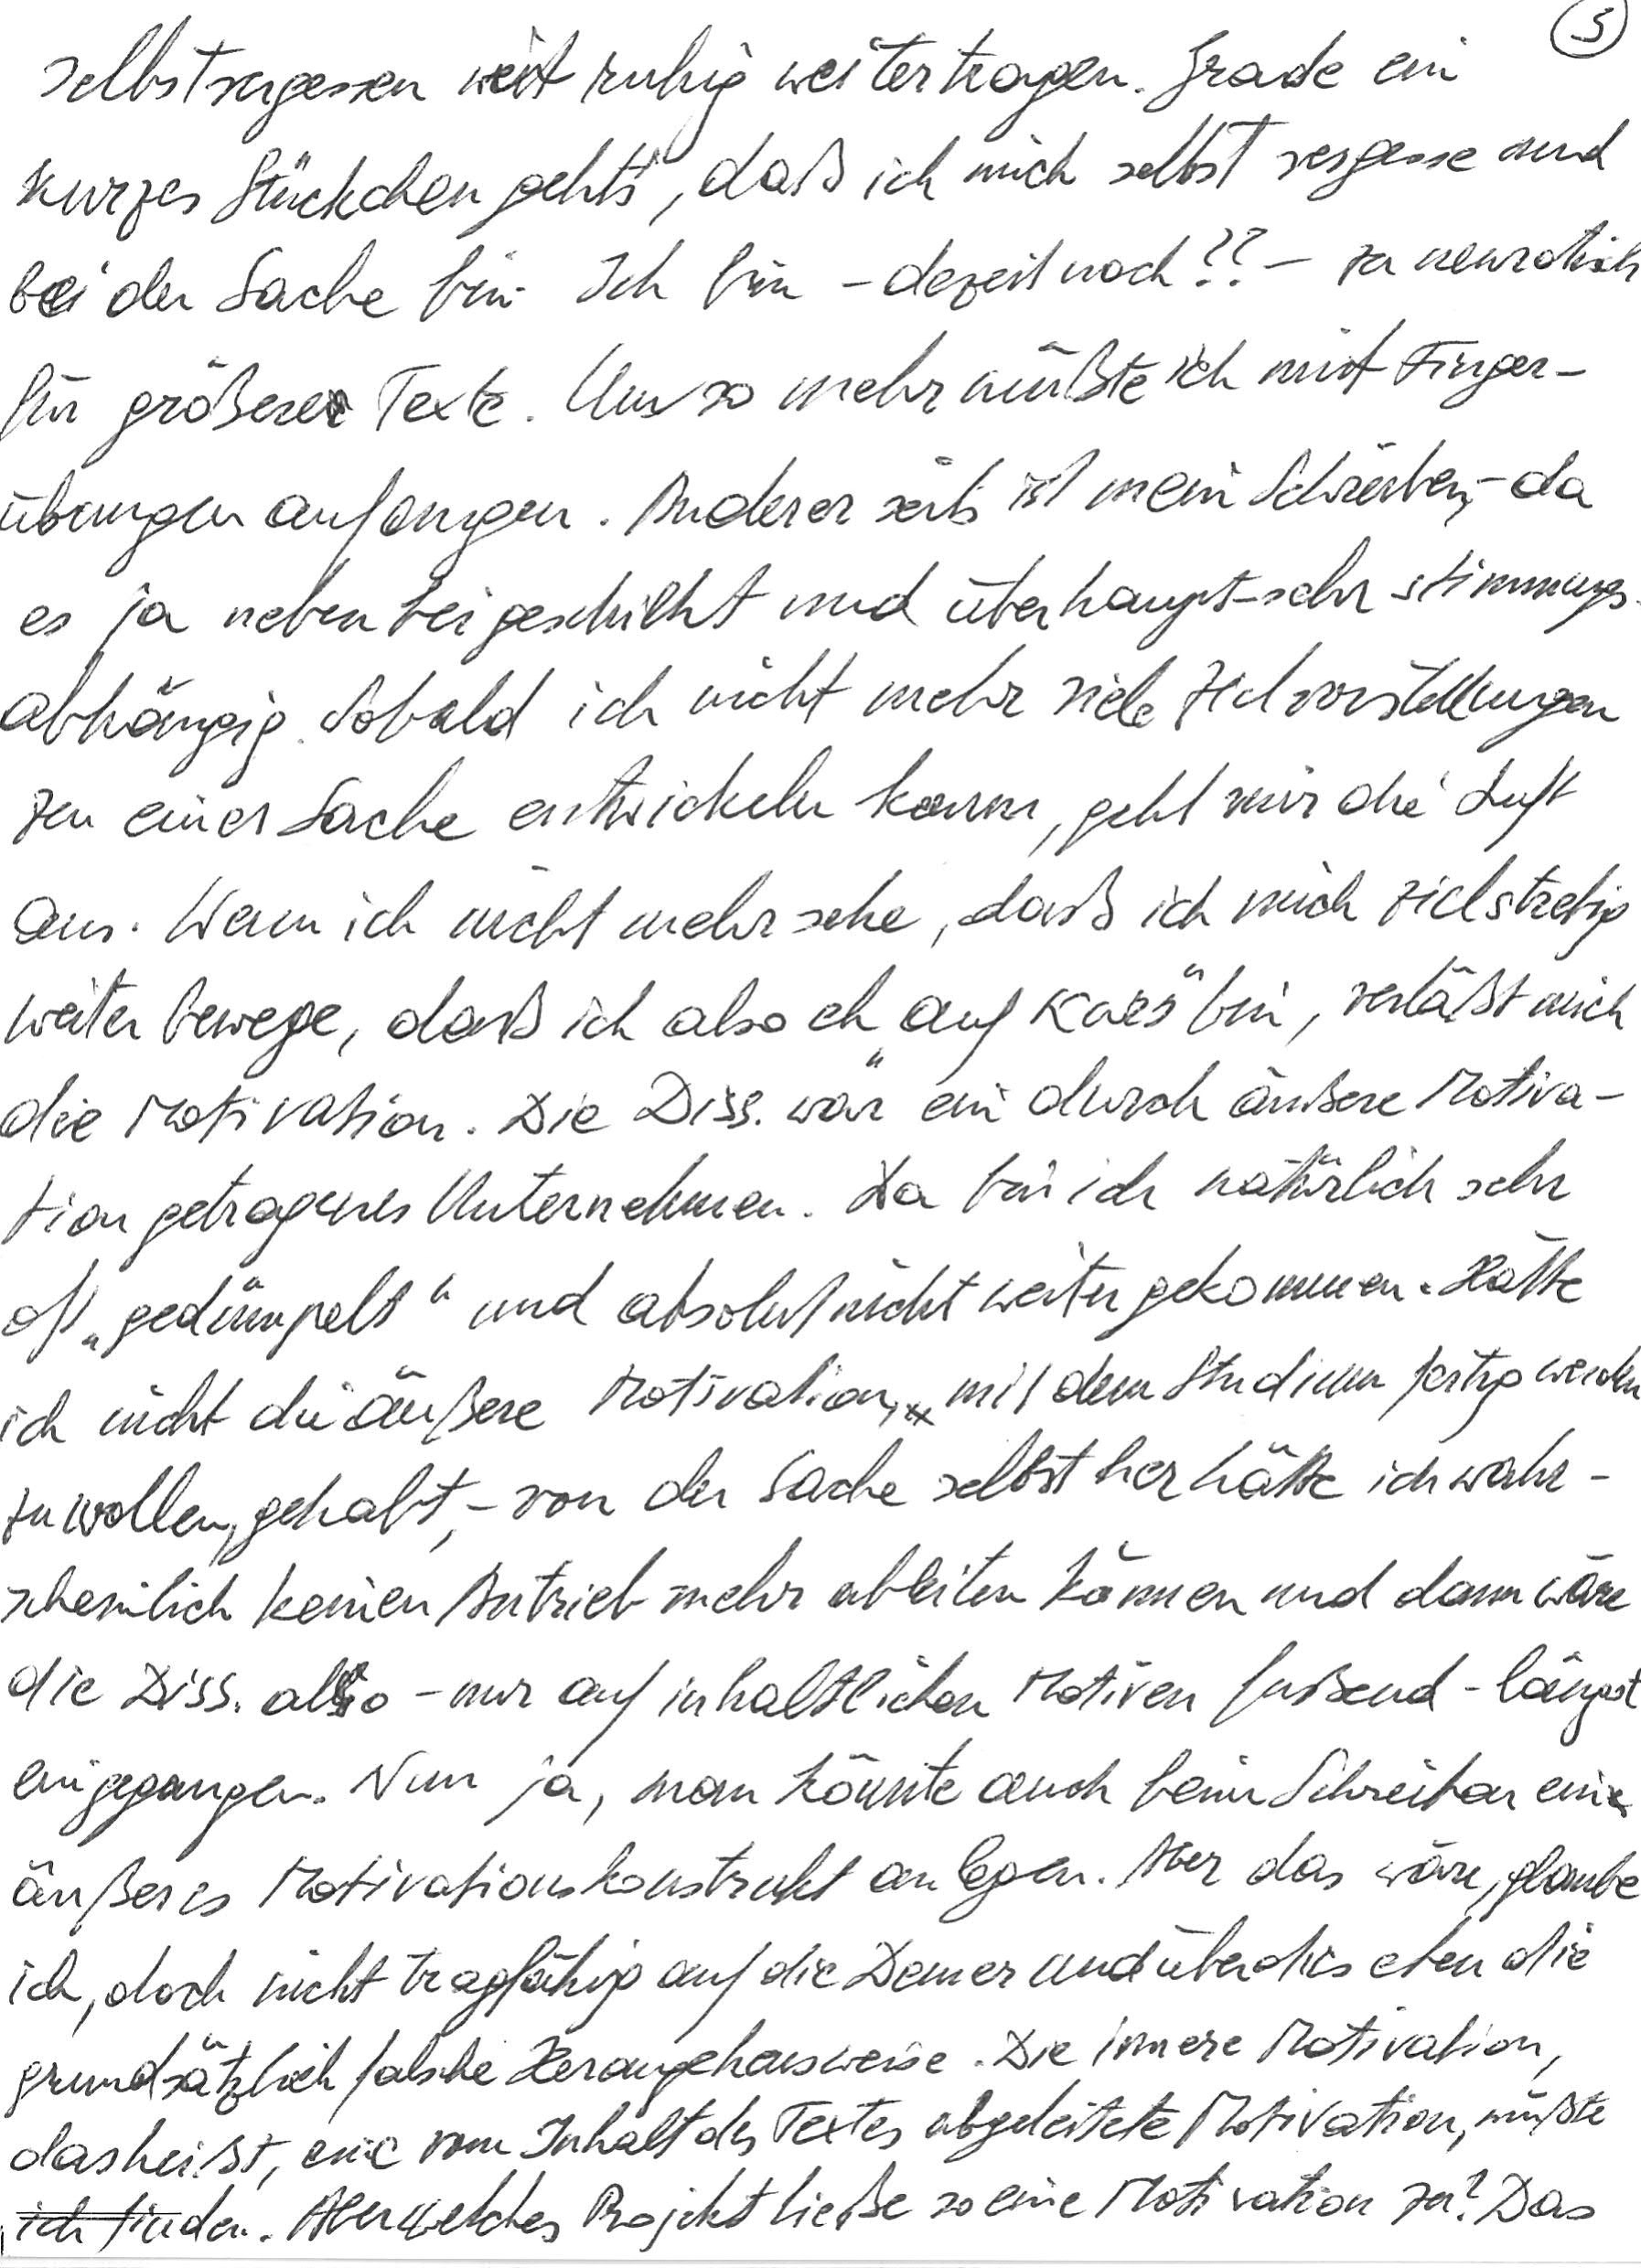
selbstvergessen ruhig weitertragen. Grade ein
kurzes Stückchen geht’s, daß ich mich selbst vergesse und
bei der Sache bin. Ich bin – derzeit noch?? – zu neurotisch
für größere Texte. Umso mehr müßte ich mit Finger-
übungen anfangen. Andererseits ist mein Schreiben, – da
es ja nebenbei geschieht und überhaupt – sehr stimmungs-
abhängig. Sobald ich nicht mehr viele Zielvorstellungen
zu einer Sache entwickeln kann, geht mir die Luft
aus. Wenn ich nicht mehr sehe, daß ich mich zielstrebig
weiterbewege, daß ich also eh „auf Kurs“ bin, verläßt mich
die Motivation. Die Diss. war ein durch äußere Motiva-
tion getragenes Unternehmen. Da bin ich natürlich sehr
oft „gedümpelt“ und absolut nicht weitergekommen. Hätte
ich nicht die äußere Motivation, mit dem Studium fertig werden
zu wollen, gehabt, – von der Sache selbst her hätte ich wahr-
scheinlich keinen Antrieb mehr ableiten können und dann wäre
die Diss. also – nur auf inhaltlichen Motiven fußend – längst
eingegangen. Nun ja, man könnte auch beim Schreiben ein
äußeres Motivationskonstrukt anlegen. Aber das wäre, glaube
ich, doch nicht tragfähig auf die Dauer und überdies eben die
grundsätzlich falsche Herangehensweise. Die innere Motivation,
das heißt, eine vom Inhalt des Textes abgeleitete Motivation, müßte
ich finden. Aber welches Projekt ließe so eine Motivation zu? Das